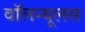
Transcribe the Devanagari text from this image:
वॉलन्यूलस